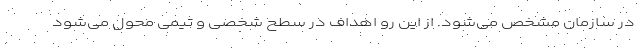
در سازمان مشخص می‌شود. از این رو اهداف در سطح شخصی و تیمی محول می‌شود